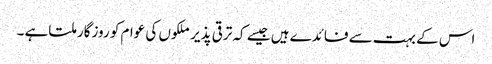
اس کے بہت سے فائدے ہیں جیسے کہ ترقی پذیر ملکوں کی عوام کو روزگار ملتاہے ۔